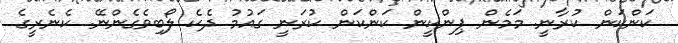
ކަންކަން ކުރާނީ. މަމެން ޕިންކީން ކަންކަން ކުރަނީ ގައުމު ދެކެ ލޯބިވެގެންނޭ. ކެނެރީގެ